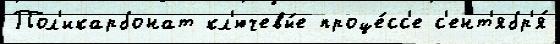
Пол'икарбонат кл'ючевы́е проце́сс'е с'ент'ябр'я́